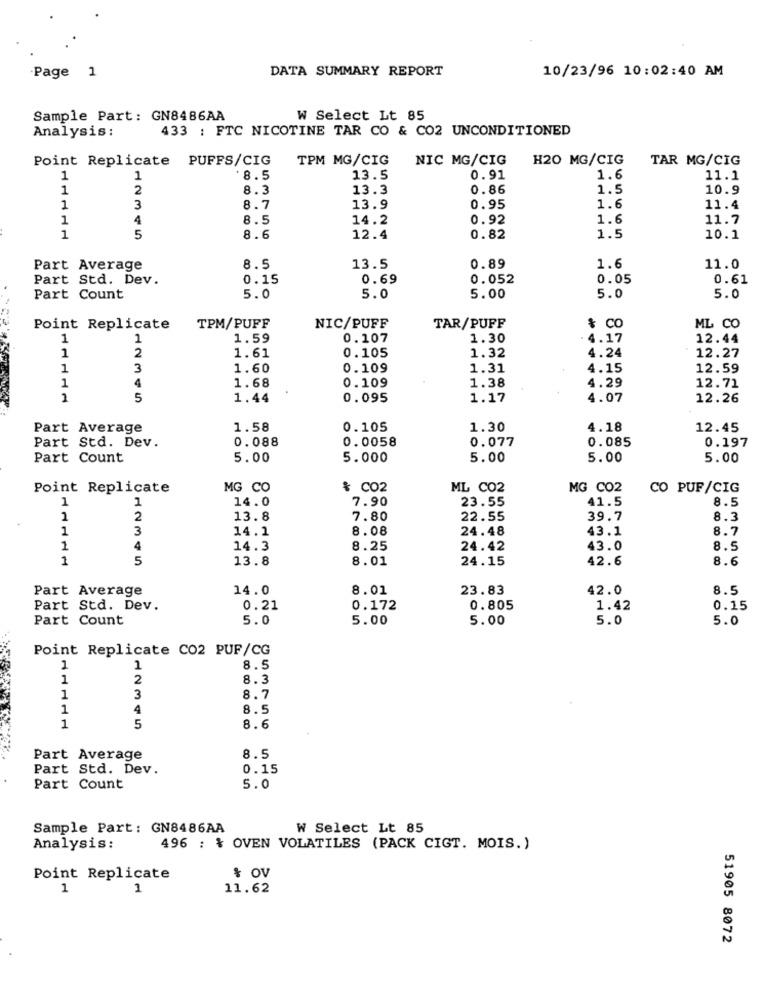
Page 1
DATA SUMMARY REPORT
10/23/96 10:02:40 AM
Sample Part: GN8486AA
W Select Lt 85
Analysis :
433 : FTC NICOTINE TAR CO & CO2 UNCONDITIONED
Point Replicate PUFFS/CIG
TPM MG/CIG
NIC MG/CIG
H20 MG/CIG
TAR MG/CIG
1
1
*8.5
13.5
0.91
1.6
11.1
1
2
8.3
13.3
0.86
1.5
10.9
1
3
8.7
13.9
0.95
1.6
11.4
1
4
8.5
14.2
0.92
1.6
11.7
1
5
8.6
12.4
0.82
1.5
10.1
1.6
Part Average
8.5
13.5
0.89
11.0
Part Std. Dev.
0.15
0.69
0.052
0.05
0.61
Part Count
5.0
5.0
5.00
5.0
5.0
Point Replicate
TPM/PUFF
NIC/PUFF
TAR/PUFF
& CO
ML CO
1
1
1.59
0.107
1.30
4.17
12.44
2
1.61
1.32
4.24
1
0.105
12.27
1
3
1.60
0.109
1.31
4.15
12.59
4
1.68
1.38
4.29
12.71
1
0.109
1
5
1.44
0.095
1.17
4.07
12.26
Part Average
1.58
0.105
1.30
4.18
12.45
Part Std. Dev.
0.088
0.0058
0.077
0.085
0.197
Part Count
5.00
5.000
5.00
5.00
5.00
Point Replicate
MG CO
& CO2
ML C02
MG C02
CO PUF/CIG
1
1
14.0
7.90
23.55
41.5
8.5
1
2
13.8
7.80
22.55
39.7
8.3
1
3
14.1
8.08
24.48
43.1
8.7
1
4
14.3
8.25
24.42
43.0
8.5
1
5
13.8
8.01
24.15
42.6
8.6
Part Average
14.0
8.01
23.83
42.0
8.5
Part Std. Dev.
0.21
0.172
0.805
1.42
0.15
Part Count
5.0
5.00
5.00
5.0
5.0
Point Replicate CO2 PUF/CG
1
1
8.5
1
2
8.3
1
3
8.7
1
4
8.5
1
5
8.6
Part Average
8.5
Part Std. Dev.
0.15
Part Count
5.0
Sample Part: GN8486AA
W Select Lt 85
Analysis :
496 : & OVEN VOLATILES (PACK CIGT. MOIS.)
Point Replicate
% OV
1
1
11.62
51905 8072